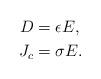
LaTeX: \begin{align*}D & =\epsilon E,\\J_{c} & =\sigma E.\end{align*}